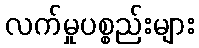
လက်မှုပစ္စည်းများ